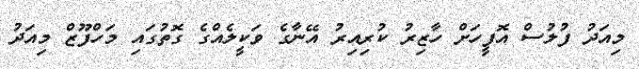
މިއަދު ފުލުސް އޮފީހަށް ހާޒިރު ކުރިއިރު އޭނާގެ ވަކީލެއްގެ ގޮތުގައި މަހްފޫޒް މިއަދު